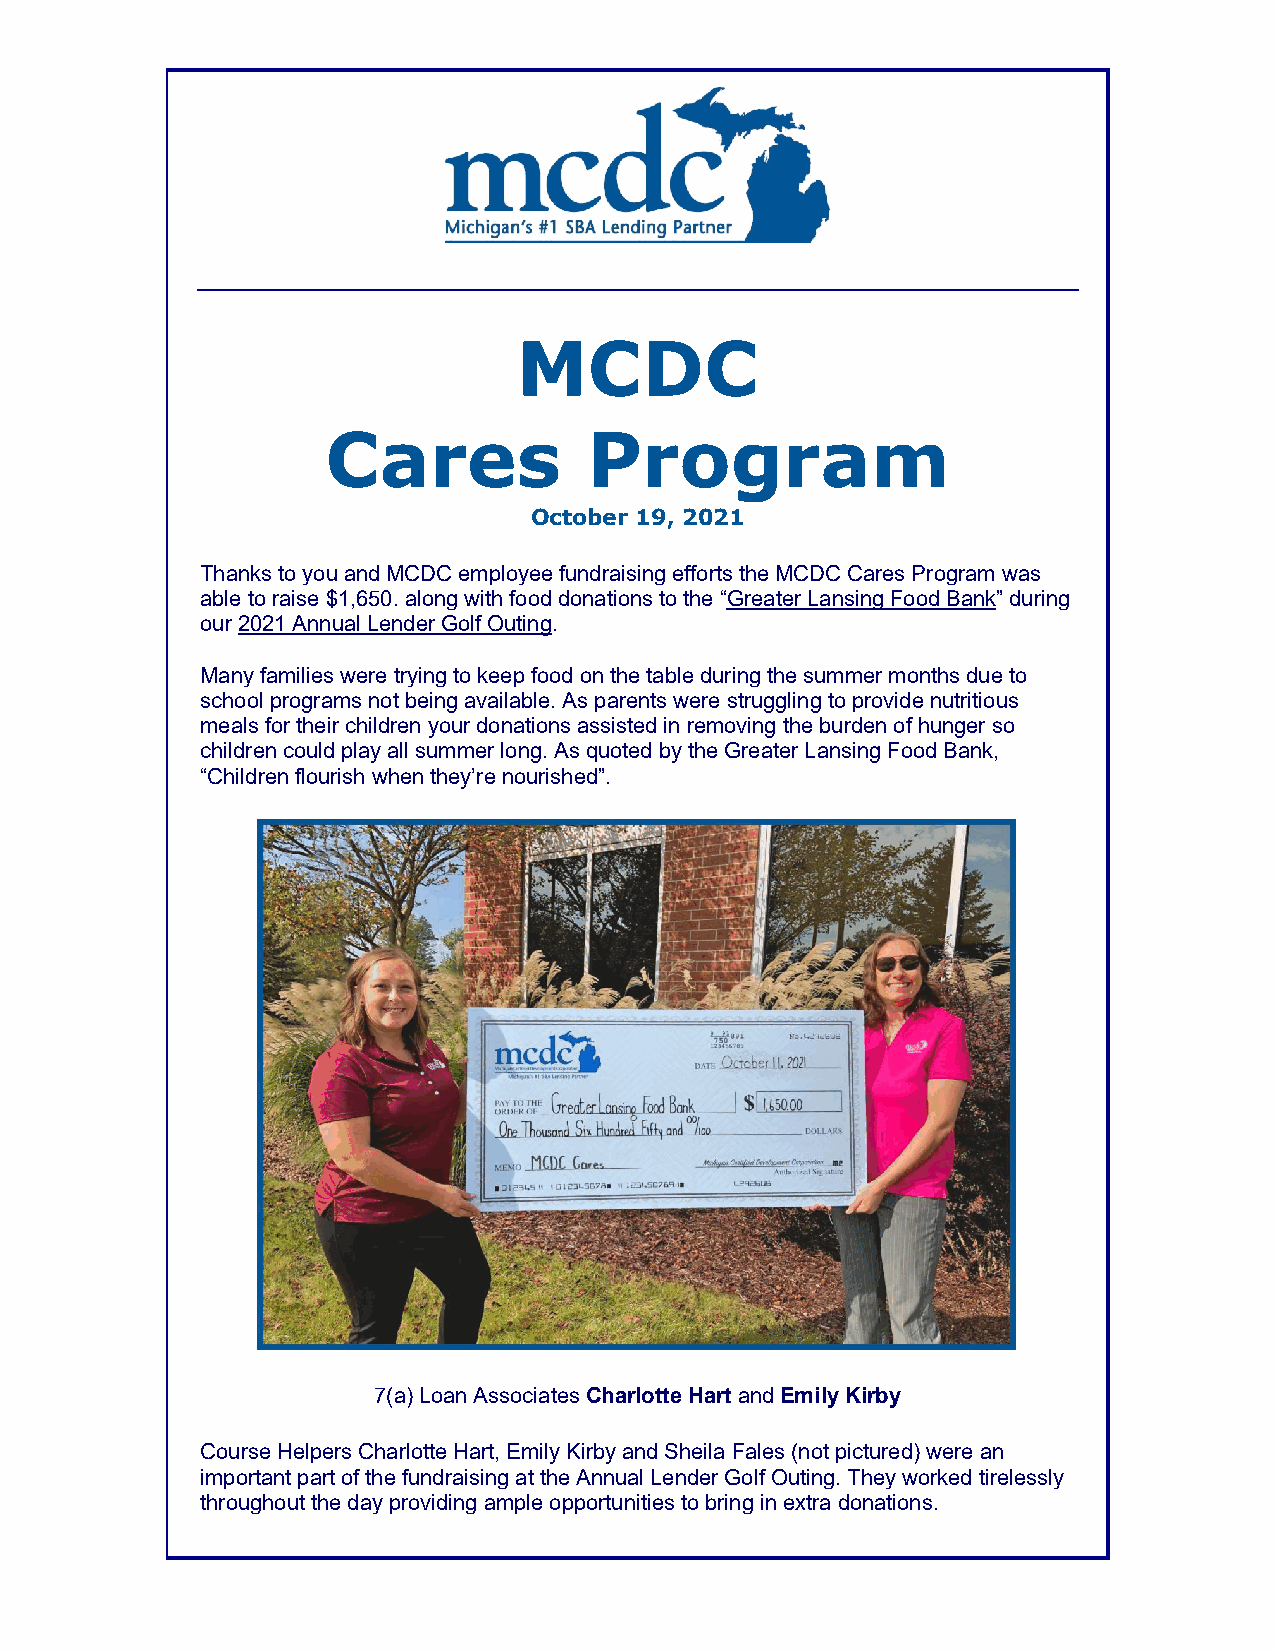
MCDC
 Cares            Program
 October 19, 2021
 Thanks to you and MCDC employee fundraising efforts the MCDC Cares Program was
 able to raise $1,650. along with food donations to the “Greater Lansing Food Bank” during
 our 2021 Annual Lender Golf Outing.
 Many families were trying to keep food on the table during the summer months due to
 school programs not being available. As parents were struggling to provide nutritious
 meals for their children your donations assisted in removing the burden of hunger so
 children could play all summer long. As quoted by the Greater Lansing Food Bank,
 “Children flourish when they’re nourished”.
 7(a) Loan Associates Charlotte Hart and Emily Kirby
 Course Helpers Charlotte Hart, Emily Kirby and Sheila Fales (not pictured) were an
 important part of the fundraising at the Annual Lender Golf Outing. They worked tirelessly
 throughout the day providing ample opportunities to bring in extra donations.